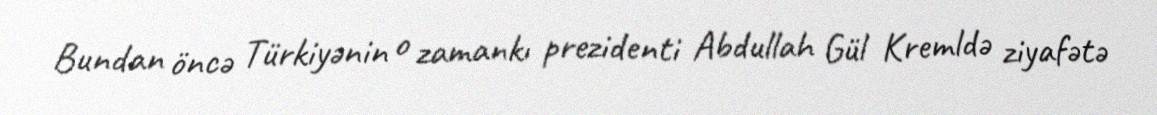
Bundan öncə Türkiyənin o zamankı prezidenti Abdullah Gül Kremldə ziyafətə